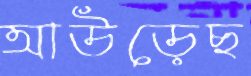
আউড়েছ